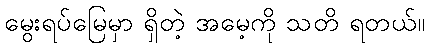
မွေးရပ်မြေမှာ ရှိတဲ့ အမေ့ကို သတိ ရတယ်။